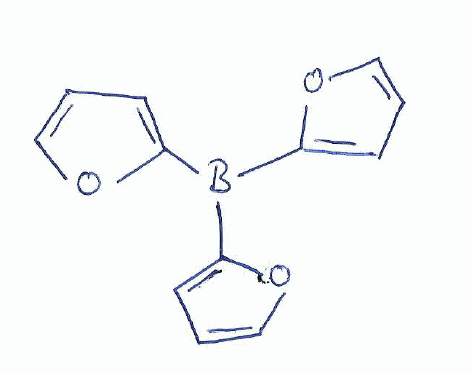
Simplified molecular-input line-entry system (SMILES) notation of the given molecule:
B(C1=CC=CO1)(C2=CC=CO2)C3=CC=CO3